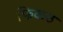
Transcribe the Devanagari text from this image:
फिकठ